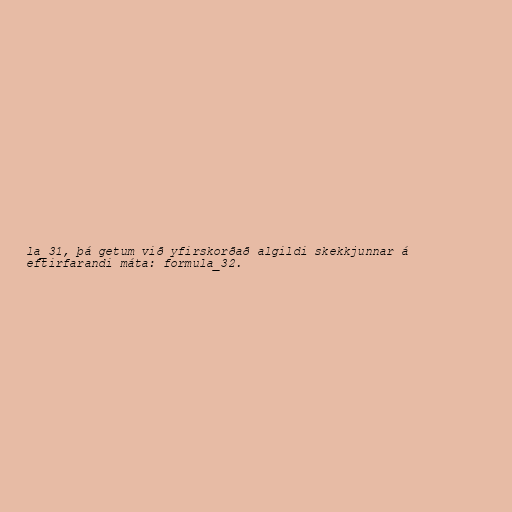
la_31, þá getum við yfirskorðað algildi skekkjunnar á
eftirfarandi máta: formula_32.